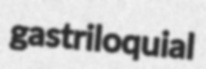
gastriloquial